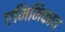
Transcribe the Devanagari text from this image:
एमिमिकाय